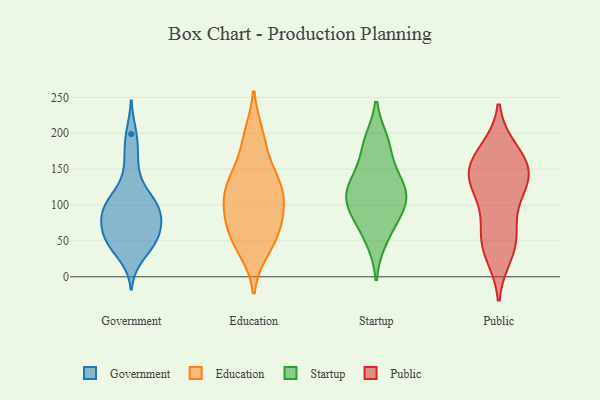
{"axis": {"x": "Backlog", "y": "Value"}, "legend": ["Education", "Government", "Public", "Startup"], "data": [{"x": "", "y": 44, "type": "Government"}, {"x": "", "y": 88, "type": "Government"}, {"x": "", "y": 145, "type": "Government"}, {"x": "", "y": 45, "type": "Government"}, {"x": "", "y": 57, "type": "Government"}, {"x": "", "y": 29, "type": "Government"}, {"x": "", "y": 58, "type": "Government"}, {"x": "", "y": 175, "type": "Government"}, {"x": "", "y": 87, "type": "Government"}, {"x": "", "y": 199, "type": "Government"}, {"x": "", "y": 92, "type": "Government"}, {"x": "", "y": 53, "type": "Government"}, {"x": "", "y": 110, "type": "Government"}, {"x": "", "y": 78, "type": "Government"}, {"x": "", "y": 98, "type": "Government"}, {"x": "", "y": 64, "type": "Government"}, {"x": "", "y": 98, "type": "Government"}, {"x": "", "y": 113, "type": "Government"}, {"x": "", "y": 110, "type": "Education"}, {"x": "", "y": 141, "type": "Education"}, {"x": "", "y": 71, "type": "Education"}, {"x": "", "y": 131, "type": "Education"}, {"x": "", "y": 113, "type": "Education"}, {"x": "", "y": 110, "type": "Education"}, {"x": "", "y": 88, "type": "Education"}, {"x": "", "y": 38, "type": "Education"}, {"x": "", "y": 197, "type": "Education"}, {"x": "", "y": 78, "type": "Education"}, {"x": "", "y": 189, "type": "Education"}, {"x": "", "y": 50, "type": "Education"}, {"x": "", "y": 53, "type": "Education"}, {"x": "", "y": 139, "type": "Education"}, {"x": "", "y": 51, "type": "Startup"}, {"x": "", "y": 103, "type": "Startup"}, {"x": "", "y": 182, "type": "Startup"}, {"x": "", "y": 122, "type": "Startup"}, {"x": "", "y": 82, "type": "Startup"}, {"x": "", "y": 121, "type": "Startup"}, {"x": "", "y": 87, "type": "Startup"}, {"x": "", "y": 188, "type": "Startup"}, {"x": "", "y": 119, "type": "Startup"}, {"x": "", "y": 143, "type": "Startup"}, {"x": "", "y": 137, "type": "Public"}, {"x": "", "y": 129, "type": "Public"}, {"x": "", "y": 46, "type": "Public"}, {"x": "", "y": 138, "type": "Public"}, {"x": "", "y": 159, "type": "Public"}, {"x": "", "y": 110, "type": "Public"}, {"x": "", "y": 51, "type": "Public"}, {"x": "", "y": 145, "type": "Public"}, {"x": "", "y": 32, "type": "Public"}, {"x": "", "y": 166, "type": "Public"}, {"x": "", "y": 175, "type": "Public"}, {"x": "", "y": 71, "type": "Public"}]}